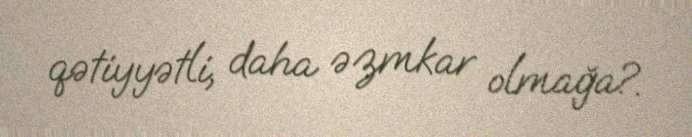
qətiyyətli, daha əzmkar olmağa?.